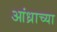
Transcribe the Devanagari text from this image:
आंध्राच्या